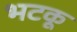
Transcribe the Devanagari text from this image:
भटकू